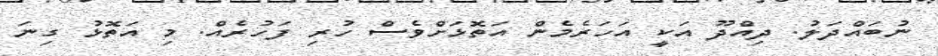
ނުބައްދަލު. ދިއްދޫ އަކީ އަހަރެމެން އަތޮޅަށްވެސް ހުރި ފަހުރެއް. މި އަތޮޅު ގިނަ